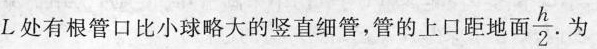
L处有根管口比小球略大的竖直细管，管的上口距地面 $$ \frac{h}{2} $$ 为